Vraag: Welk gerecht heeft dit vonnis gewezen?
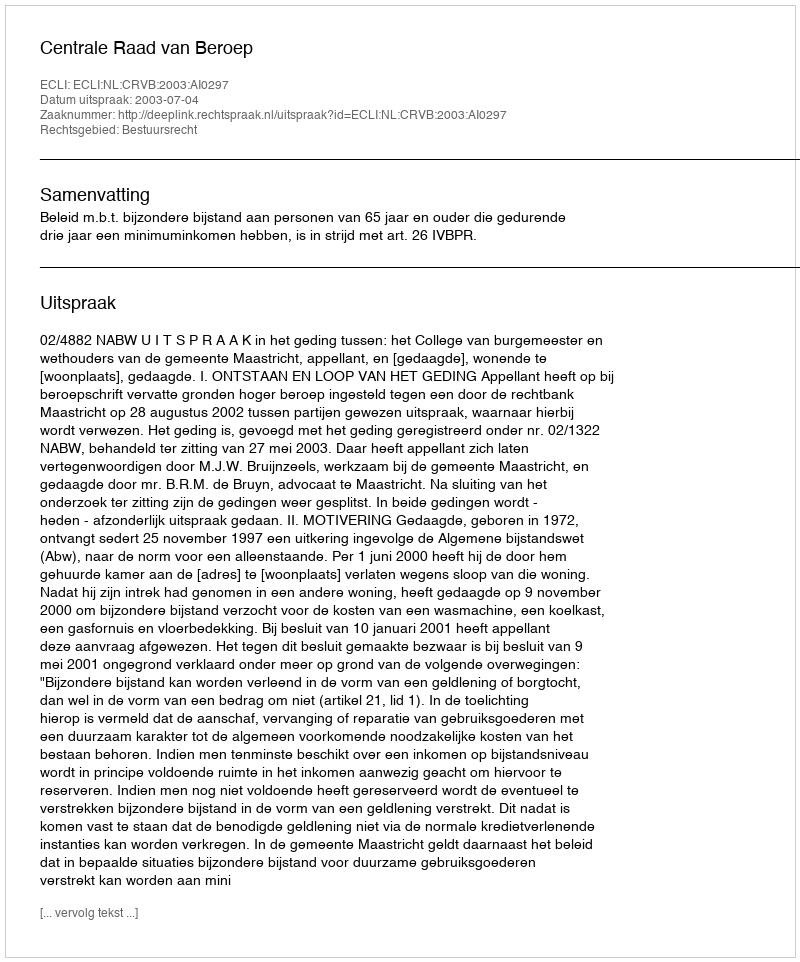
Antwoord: Centrale Raad van Beroep